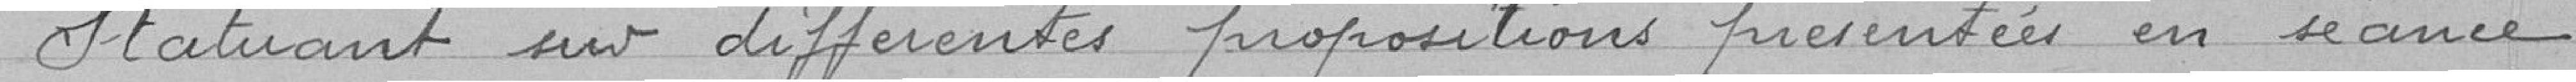
Statuant sur différentes propositions en séance